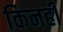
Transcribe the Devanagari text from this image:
किनहीं